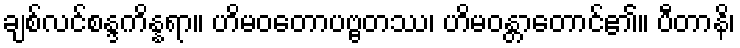
ချစ်လင်စန္ဒကိန္နရာ။ ဟိမဝတောပဗ္ဗတဿ၊ ဟိမဝန္တာတောင်၏။ ပီတာနိ၊